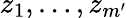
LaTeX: z_{1},\dots,z_{m^{\prime}}